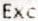
EXC